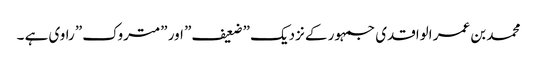
محمد بن عمر الواقدی جمہور کے نزدیک ”ضعیف” اور ”متروک” راوی ہے ۔